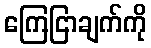
ကြေငြာချက်ကို